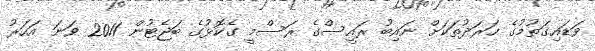
ވަޑައިގަތުމުގެ ހަރަދުތަކަށް ނައިބު ރައީސްގެ ރަސްމީ ގެކޮޅުގެ ބަޖެޓުން 2011 ވަނަ އަހަރު